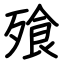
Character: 飱